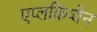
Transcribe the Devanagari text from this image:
एप्लकिशेन